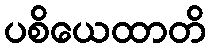
ပစိယေထာတိ